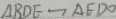
\Delta B D E \sim \Delta E D O